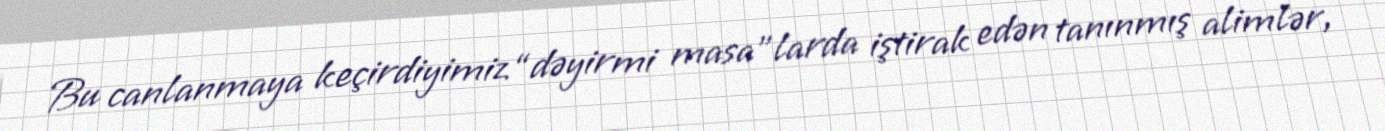
Bu canlanmaya keçirdiyimiz “dəyirmi masa”larda iştirak edən tanınmış alimlər,